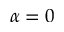
\alpha = 0